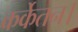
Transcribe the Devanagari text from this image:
कर्केतन।